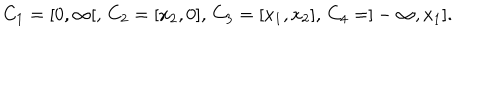
LaTeX: C _ { 1 } = [ 0 , \infty [ , \, C _ { 2 } = [ x _ { 2 } , 0 ] , \, C _ { 3 } = [ x _ { 1 } , x _ { 2 } ] , \, C _ { 4 } = ] - \infty , x _ { 1 } ] .